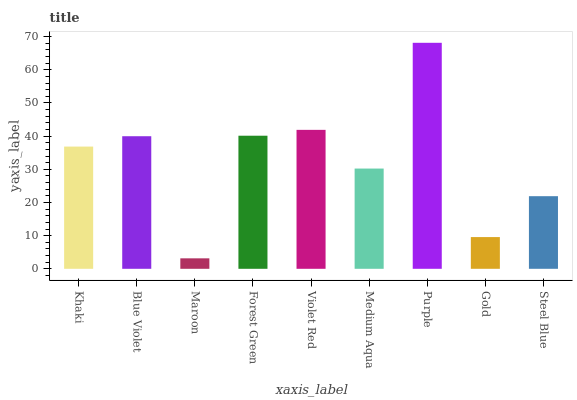
| xaxis_label | bars |
 | --- | --- |
 | Khaki | 36.8 |
 | Blue Violet | 40 |
 | Maroon | 3.16 |
 | Forest Green | 40.1 |
 | Violet Red | 41.9 |
 | Medium Aqua | 30.2 |
 | Purple | 68.1 |
 | Gold | 9.57 |
 | Steel Blue | 21.9 |